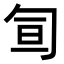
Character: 𠣙